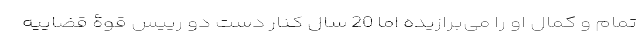
تمام و کمال او را می‌برازیده اما 20 سال کنار دست دو رییس قوۀ قضاییه